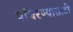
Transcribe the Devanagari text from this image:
पांघरण्यासाठी